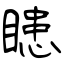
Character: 瞣